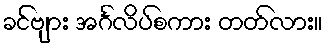
ခင်ဗျား အင်္ဂလိပ်စကား တတ်လား။